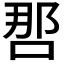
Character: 𰇯